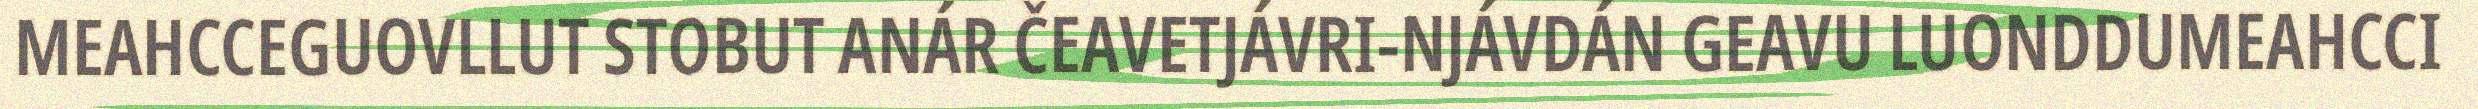
MEAHCCEGUOVLLUT STOBUT ANÁR ČEAVETJÁVRI-NJÁVDÁN GEAVU LUONDDUMEAHCCI